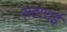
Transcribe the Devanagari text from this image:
सहाराई